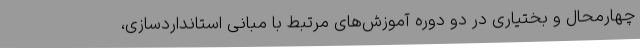
چهارمحال و بختیاری در دو دوره آموزش‌های مرتبط با مبانی استانداردسازی،